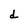
Character: d